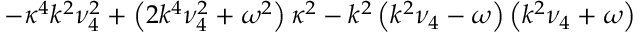
- \kappa ^ { 4 } k ^ { 2 } \nu _ { 4 } ^ { 2 } + \left( 2 k ^ { 4 } \nu _ { 4 } ^ { 2 } + \omega ^ { 2 } \right) \kappa ^ { 2 } - k ^ { 2 } \left( k ^ { 2 } \nu _ { 4 } - \omega \right) \left( k ^ { 2 } \nu _ { 4 } + \omega \right)